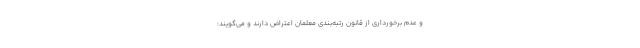
و عدم برخورداری از قانون رتبه‌بندی معلمان اعتراض دارند و می‌گویند: